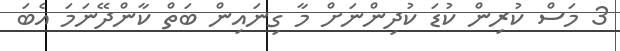
3 މަސް ކުރިން ކުޑަ ކުދިންނަށް މާ ގިނައިން ބަތް ކާންދޭނަމަ އެބަ